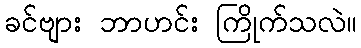
ခင်ဗျား ဘာဟင်း ကြိုက်သလဲ။